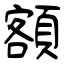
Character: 額